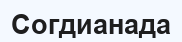
Согдианада